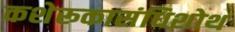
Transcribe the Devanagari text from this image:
कशेरूकासंधिशोथ